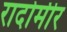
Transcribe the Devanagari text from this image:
रादोमीर